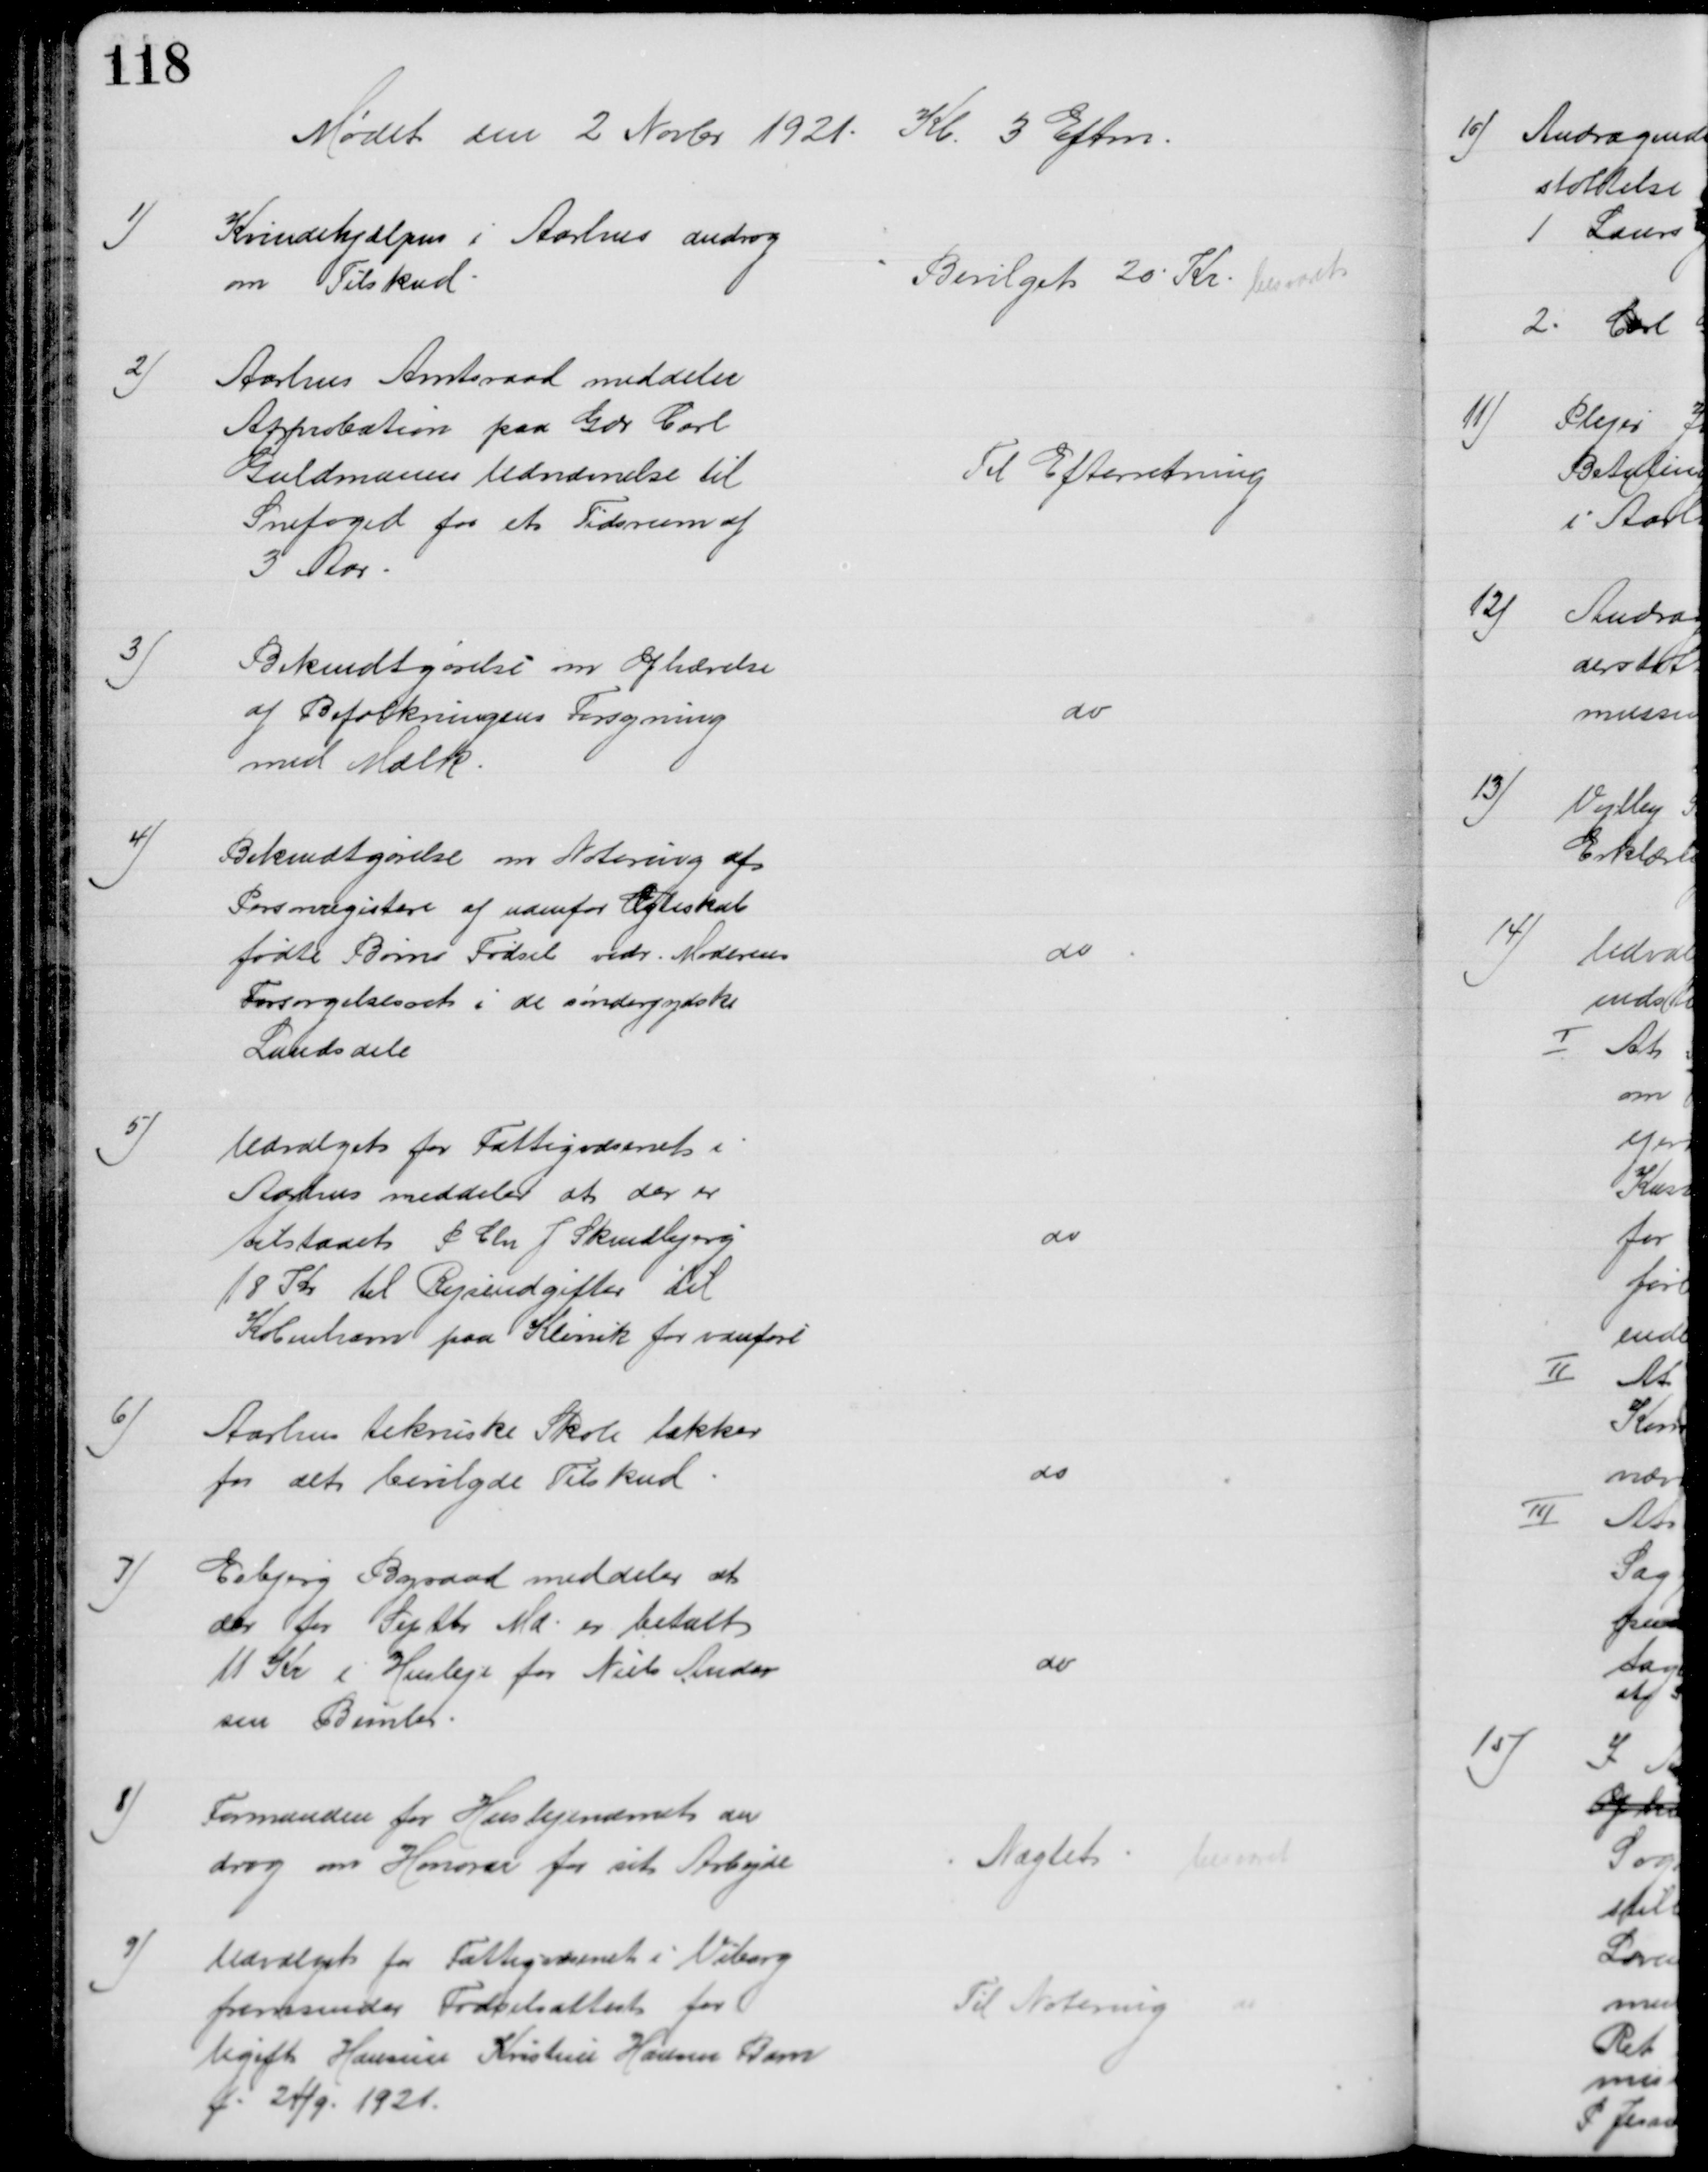
Transskription:
Mødet den 2 Novbr 1921. Kl. 3 Eftm.
1)
Kvindehjælpen i Aarhus androg
om Tilskud
Bevilget 20 Kr. besvaret
2)
Aarhus Amtsraad meddeler
Approbation paa Gdr Carl
Guldmanns Udnævnelse til 
Snefoged for et Tidsrum af
3 Aar
Til Efterretning
3)
Bekendtgørelse om Ophævelse
af Befolkningens Forsyning
med Mælk
do
4)
Bekendtgørelse om Notering af 
Personregistere af udenfor Ægteskab
fødte Børns Fødsel vedr. Moderens
Forsørgelsesret i de sønderjydske 
Landsdele
do
5)
Udvalget for Fattigvæsenet i
Aarhus meddeler at der er
tilstaaet P Chr J Skindbjerg
18 Kr til Rejseudgifter til
København paa Klinik for vanføre
do
6)
Aarhus tekniske Skole takker
for det bevilgede Tilskud
do
7)
Esbjerg Byraad meddeler at
der for Septbr Md. er betalt
11 Kr i Husleje for Niels Ander
sen Bimler
do
8)
Formanden for Huslejenævnet an
drog om Honorar for sit Arbejde
Nægtet 
besvaret
9)
Udvalget for Fattigvæsenet i Viborg
fremsender Fødselsattest for
Ugift Hansine Kristine Hansens Barn
f. 24/9 1921.
Til Notering